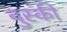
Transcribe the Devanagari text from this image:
बुस्की